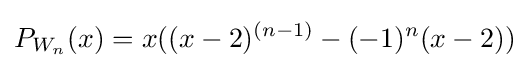
P_{W_{n}}(x)=x((x-2)^{(n-1)}-(-1)^{n}(x-2))